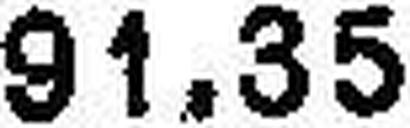
91.35